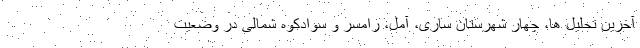
آخرین تحلیل ها، چهار شهرستان ساری، آمل، رامسر و سوادکوه شمالی در وضعیت